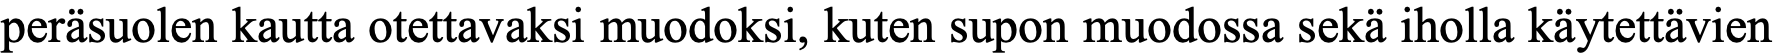
peräsuolen kautta otettavaksi muodoksi, kuten supon muodossa sekä iholla käytettävien